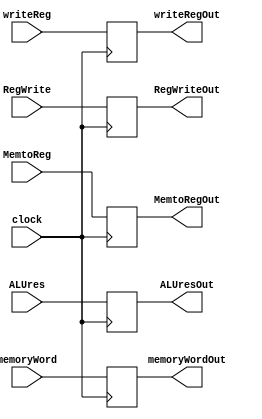
module MEMWBreg(ALUresOut, memoryWordOut, writeRegOut, RegWriteOut,MemtoRegOut, ALUres, memoryWord, writeReg, RegWrite,MemtoReg, clock);
output  reg[31:0] ALUresOut, memoryWordOut;
output  reg[4:0] writeRegOut;
output  reg RegWriteOut,MemtoRegOut;

input [31:0] ALUres, memoryWord;
input [4:0] writeReg;
input RegWrite,MemtoReg, clock;

always@(posedge clock)
begin
ALUresOut=ALUres;
memoryWordOut=memoryWord;
writeRegOut=writeReg;
RegWriteOut=RegWrite;
MemtoRegOut=MemtoReg;
end

endmodule